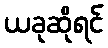
ယခုဆိုရင်